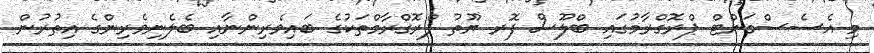
މި އެސެސްމަންޓް ޕްރޮގްރާމުގައި ބްލޫސް ފޮރ ޔޫތު ޕްރޮގްރާމްތަކުގެ ބައިވެރިންނާއި ބެލެނިވެރިންގެ އިތުރުން